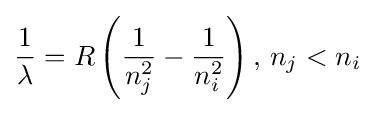
{\frac {1}{\lambda }}=R\left({\frac {1}{n_{j}^{2}}}-{\frac {1}{n_{i}^{2}}}\right),\,n_{j}<n_{i}\,\!